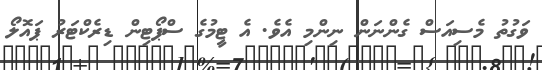
ވަގުތު މެސިއަސް ގެންނަން ނިންމި އެވެ. އެ ޓީމުގެ ސްޕޯޓިން ޑިރެކްޓަރު ޕައޮލޯ